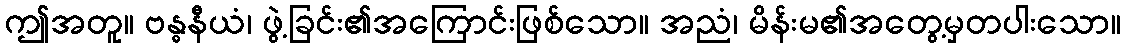
ဤအတူ။ ဗန္ဓနီယံ၊ ဖွဲ့ခြင်း၏အကြောင်းဖြစ်သော။ အညံ၊ မိန်းမ၏အတွေ့မှတပါးသော။